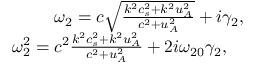
\begin{array} { r } { \omega _ { 2 } = c \sqrt { \frac { k ^ { 2 } c _ { s } ^ { 2 } + k ^ { 2 } u _ { A } ^ { 2 } } { c ^ { 2 } + u _ { A } ^ { 2 } } } + i \gamma _ { 2 } , } \\ { \omega _ { 2 } ^ { 2 } = c ^ { 2 } \frac { k ^ { 2 } c _ { s } ^ { 2 } + k ^ { 2 } u _ { A } ^ { 2 } } { c ^ { 2 } + u _ { A } ^ { 2 } } + 2 i \omega _ { 2 0 } \gamma _ { 2 } , \quad } \end{array}